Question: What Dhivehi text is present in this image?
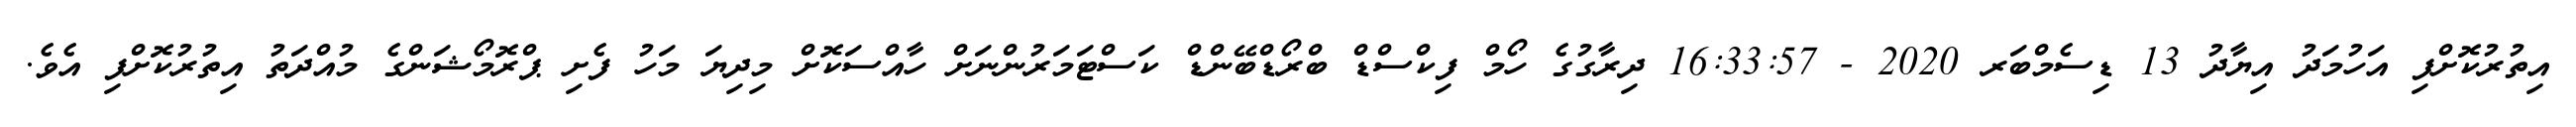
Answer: އިތުރުކޮށްފި އަހުމަދު އިޔާދު 13 ޑިސެމްބަރ 2020 - 16:33:57 ދިރާގުގެ ހޯމް ފިކްސްޑް ބްރޯޑްބޭންޑް ކަސްޓަމަރުންނަށް ހާއްސަކޮށް މިދިޔަ މަހު ފެށި ޕްރޮމޯޝަންގެ މުއްދަތު އިތުރުކޮށްފި އެވެ.